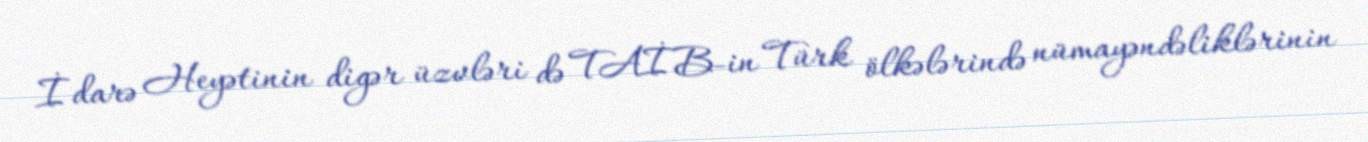
İdarə Heyətinin digər üzvləri də TAİB-in Türk ölkələrində nümayəndəliklərinin